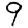
Digit: 9